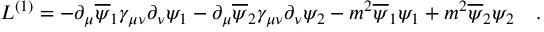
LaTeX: { \cal L } ^ { ( 1 ) } = - \partial _ { \mu } \overline { { \psi } } _ { 1 } \gamma _ { \mu \nu } \partial _ { \nu } \psi _ { 1 } - \partial _ { \mu } \overline { { \psi } } _ { 2 } \gamma _ { \mu \nu } \partial _ { \nu } \psi _ { 2 } - m ^ { 2 } \overline { { \psi } } _ { 1 } \psi _ { 1 } + m ^ { 2 } \overline { { \psi } } _ { 2 } \psi _ { 2 } \quad .